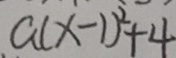
a ( x - 1 ) ^ { 2 } + 4